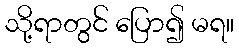
သို့ရာတွင် ပြော၍ မရ။